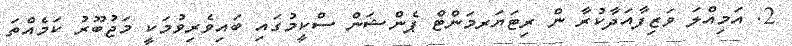
2. އަމިއްލަ ވަޒިފާއަދާކުރާ ން ރިޓަޔަރމަންޓް ޕެންޝަން ސްކީމުގައި ބައިވެރިވުމަކީ މަޖުބޫރު ކަމެއްތަ